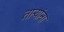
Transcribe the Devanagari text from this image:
तार्‍यांना